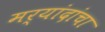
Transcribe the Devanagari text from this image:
मर्यांदांचा